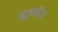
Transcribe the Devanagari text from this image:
मूलबीज